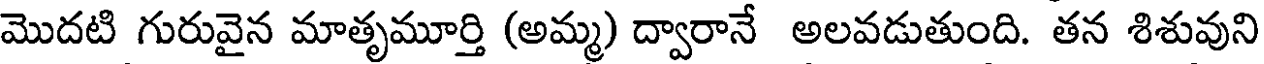
మొదటి గురువైన మాతృమూర్తి (అమ్మ) ద్వారానే అలవడుతుంది. తన శిశువుని